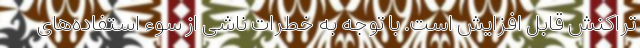
تراکنش قابل افزایش است. با توجه به خطرات ناشی از سوء استفاده‌های